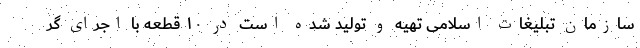
سازمان تبلیغات اسلامی تهیه و تولید شده است در ۱۰ قطعه با اجرای گر